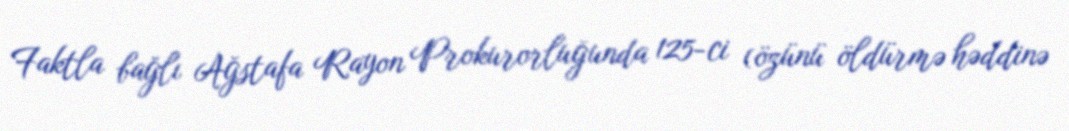
Faktla bağlı Ağstafa Rayon Prokurorluğunda 125-ci (özünü öldürmə həddinə